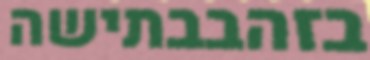
בזהבבתישה